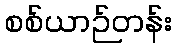
စစ်ယာဉ်တန်း